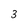
Character: 3